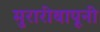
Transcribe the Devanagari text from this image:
मुरारीबापूनी